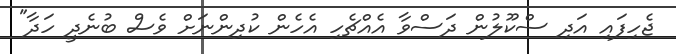
ޖެހިފައި އަދި ސްކޫލުން ދަސްވާ އެއްޗެހި އެހެން ކުދިންނަށް ވެސް ބުނެދީ ހަދާ"